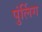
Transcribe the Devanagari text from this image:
पुंर्लिग